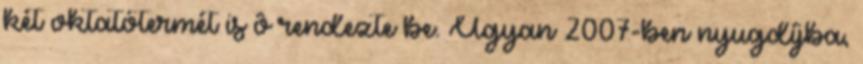
két oktatótermét is ô rendezte be. Ugyan 2007-ben nyugdíjba,